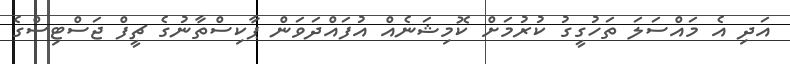
އަދި އެ މައްސަލަ ތަހުގީގު ކުރުމަށް ކޮމިޝަނެއް އުފައްދަވަން ޕާކިސްތާނުގެ ޗީފް ޖަސްޓިސްގެ